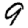
Digit: 9